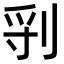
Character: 𠜖